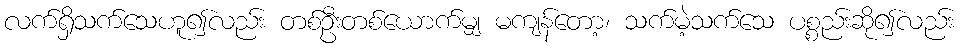
လက်ရှိသက်သေဟူ၍လည်း တစ်ဦးတစ်ယောက်မျှ မကျန်တော့၊ သက်မဲ့သက်သေ ပစ္စည်းဆို၍လည်း